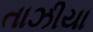
તાઝીયા